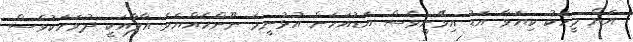
އަށް މީހަކު ކިޔަވާ އަޑު އިވޭނީވެސް އަޑުއަހަން އުޅުނީމަ ނޫންހެއްޔެވެ އާލާއަކީ ދުވަހަކުވެސް